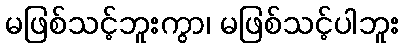
မဖြစ်သင့်ဘူးကွာ၊ မဖြစ်သင့်ပါဘူး